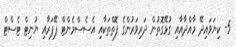
5- ކިޔަވައިދޭ މާއްދާއާއި ގުޅޭގޮތުން ދަރިވަރުންގެ ފޮތްތަކާއި އެސެސްމެންޓް ޕޭޕަރާއި ޔުނިޓް ޓެސްޓް